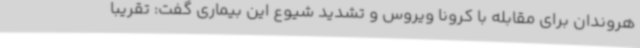
هروندان برای مقابله با کرونا ویروس و تشدید شیوع این بیماری گفت: تقریبا